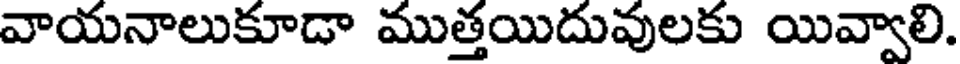
వాయనాలుకూడా ముత్తయిదువులకు యివ్వాలి.